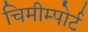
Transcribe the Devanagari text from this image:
चिमीम्पोर्ट